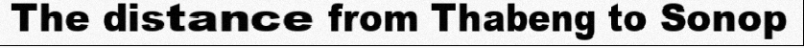
The distance from Thabeng to Sonop